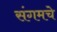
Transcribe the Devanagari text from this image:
संगमचे